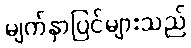
မျက်နှာပြင်များသည်